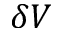
\delta V